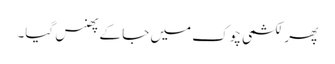
پھر لکشمی چوک میں جا کے پھنس گیا۔